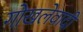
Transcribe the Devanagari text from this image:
गोखलेवादी